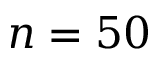
n = 5 0